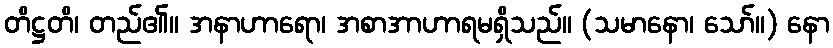
တိဋ္ဌတိ၊ တည်၏။ အနာဟာရော၊ အစာအာဟာရမရှိသည်။ (သမာနော၊ သော်။) နော